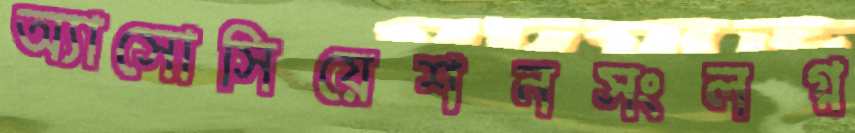
অ্যাসোসিয়েশনসংলগ্ন